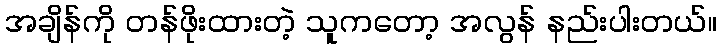
အချိန်ကို တန်ဖိုးထားတဲ့ သူကတော့ အလွန် နည်းပါးတယ်။